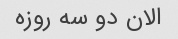
الان دو سه روزه